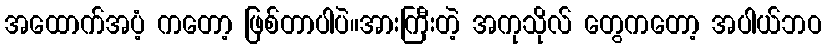
အထောက်အပံ့ ကတော့ ဖြစ်တာပါပဲ။အားကြီးတဲ့ အကုသိုလ် တွေကတော့ အပါယ်ဘဝ